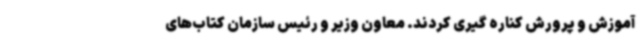
آموزش و پرورش کناره گیری کردند. معاون وزیر و رئیس سازمان کتاب‌های